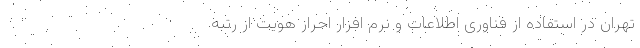
تهران در استفاده از فناوری اطلاعات و نرم افزار احراز هویت از رتبه